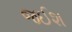
જઈશ